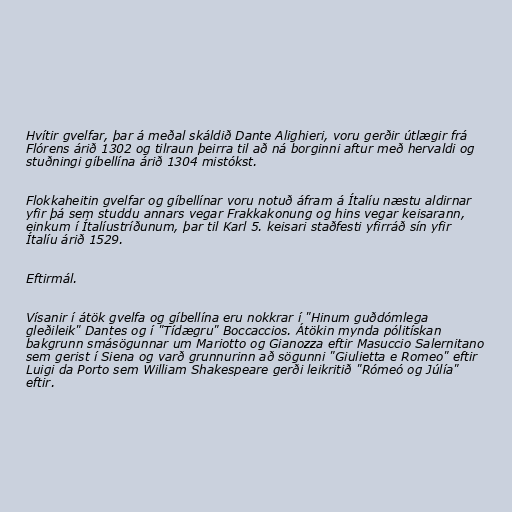
Hvítir gvelfar, þar á meðal skáldið Dante Alighieri, voru gerðir útlægir frá
Flórens árið 1302 og tilraun þeirra til að ná borginni aftur með hervaldi og
stuðningi gíbellína árið 1304 mistókst.

Flokkaheitin gvelfar og gíbellínar voru notuð áfram á Ítalíu næstu aldirnar
yfir þá sem studdu annars vegar Frakkakonung og hins vegar keisarann,
einkum í Ítalíustríðunum, þar til Karl 5. keisari staðfesti yfirráð sín yfir
Ítalíu árið 1529.

Eftirmál.

Vísanir í átök gvelfa og gíbellína eru nokkrar í "Hinum guðdómlega
gleðileik" Dantes og í "Tídægru" Boccaccios. Átökin mynda pólitískan
bakgrunn smásögunnar um Mariotto og Gianozza eftir Masuccio Salernitano
sem gerist í Siena og varð grunnurinn að sögunni "Giulietta e Romeo" eftir
Luigi da Porto sem William Shakespeare gerði leikritið "Rómeó og Júlía"
eftir.